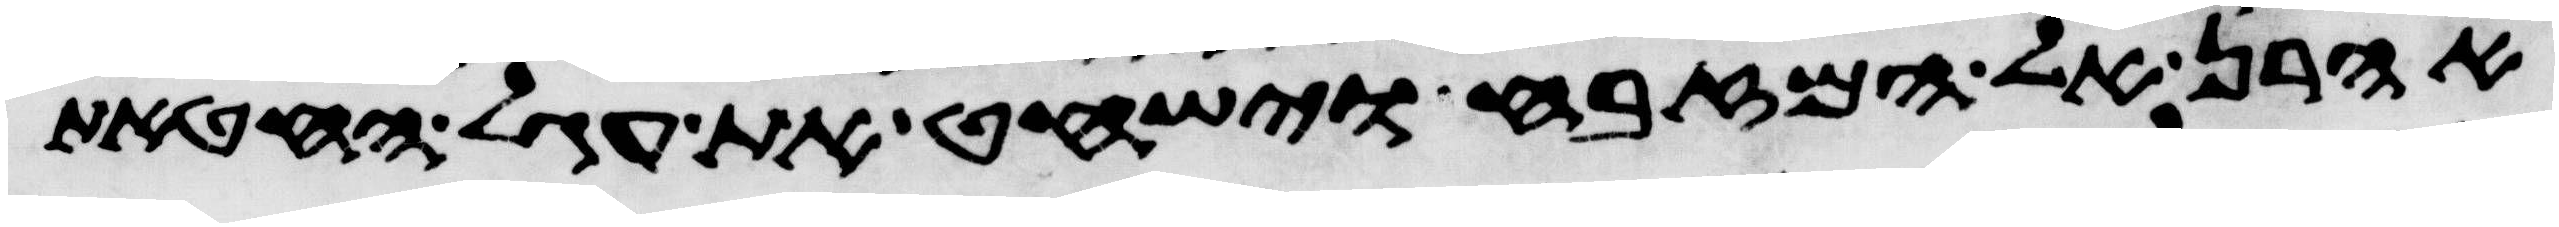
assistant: אהרן אל המזבח וישחט את עגל החטאת